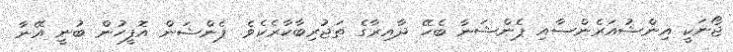
ޖޯނަކީ އިންޝުއަރެންސާއި ޕެންޝަނާ ބެހޭ ދާއިރާގެ ތަޖުރިބާކާރެކެވެ. ޕެންޝަން އޮފީހުން ބުނީ އޭނާ